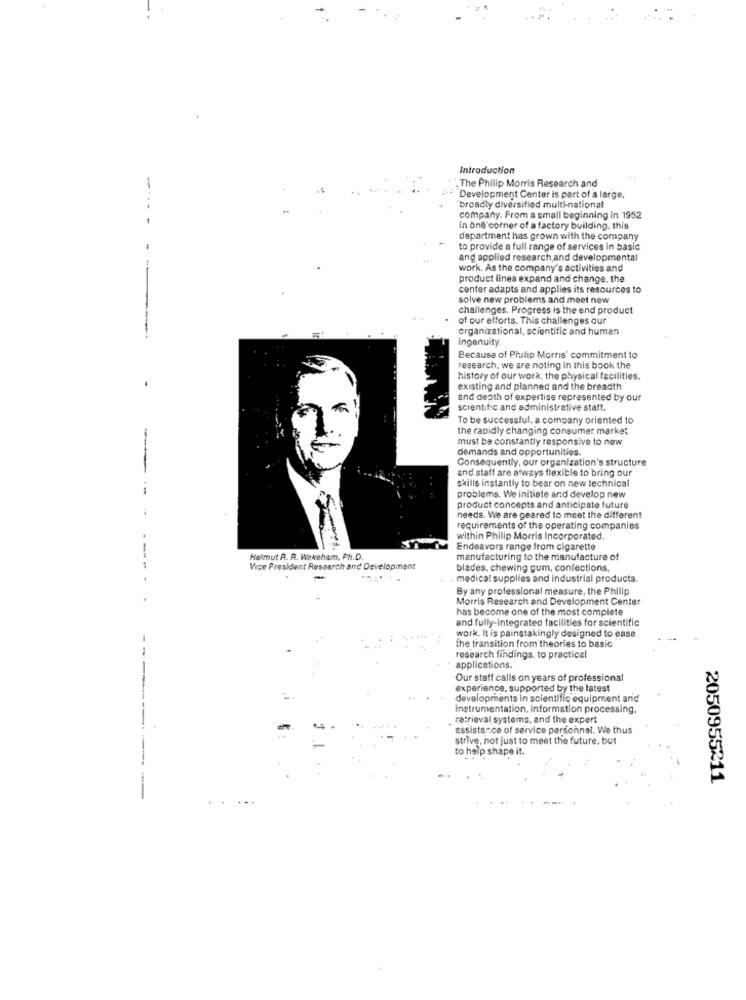
Introduction
." The Philip Morris Research and
Development Center is part of a large.
broadly diversified multi-national
company. From a small beginning In 1952
in Ond corner of a factory building. this
--
department has grown with the company
to provide a full range of services in basic
and applied research and developmental
---
work. As the company's activities and
product lines expand and change, the
center adapts and applies its resources to
solve new problems and meet new
challenges. Progress is the end product
of our efforts. This challenges our
organizational, scientific and human
--
Ingenuity.
Because of Philip Morris' commitment to
research, we are noting in this book the
history of our work, the physical facilities.
existing and planned and the breadth
and depth of expertise represented by our
scientific and administrative staff.
To be successful, a company oriented to
the rapidly changing consumer market
must be constantly responsive to new
demands and opportunities.
Consequently, our organization's structure
and staff are atways flexible to bring our
skills instantly to bear on new technical
--
problems. We initiate and develop new
product concepts and anticipate future
needs. We are geared to meet the different
requirements of the operating companies
within Philip Morris Incorporated.
Endeavors range from cigarette
Helmut A. R. Wakeham, Ph.D.
manufacturing to the manufacture of
Vice President Research and Development
blades. chewing gum, confections,
. medical supplies and industrial products.
By any professional measure, the Philip
Morris Research and Development Center
has become one of the most complete
and fully-integrated facilities for scientific
work. It is painstakingly designed to ease
the transition from theories to basic
research findings. to practical
applications.
Our staff calls on years of professional
experience, supported by the latest
developments in scientific equipment and
instrumentation. Information processing.
retrieval systems, and the expert
assistance of service personnel. We thus
strive, not just to meet the future, but
to help shape it.
2050955211